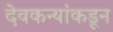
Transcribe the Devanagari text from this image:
देवकन्यांकडून